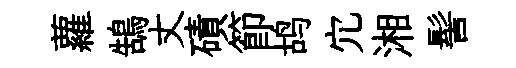
蘿鵠丈磧節鸪宂湘髻